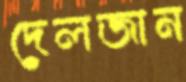
দেলজান